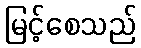
မြင့်စေသည်